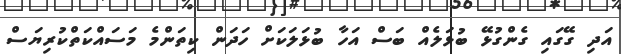
އަދި ގޭގައި ގެންގުޅޭ ބުޅަލެއް ބަސް އަހާ ބުޅަލަކަށް ހަދަން ކިތަންމެ މަސައްކަތްކުރިޔަސް